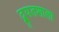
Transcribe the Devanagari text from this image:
द्यूतशाला